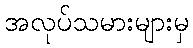
အလုပ်သမားများမှ